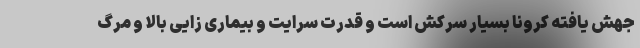
جهش یافته کرونا بسیار سرکش است و قدرت سرایت و بیماری زایی بالا و مرگ